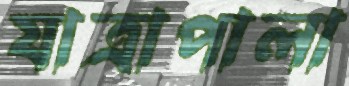
যাত্রাপালা